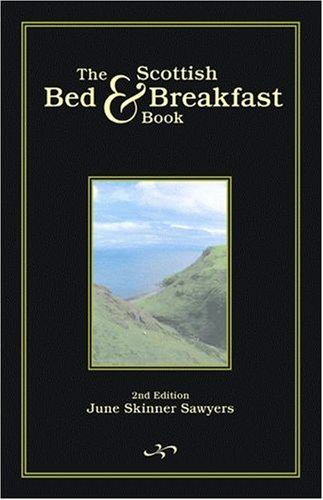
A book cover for Scottish Bed & Breakfast Book, The; June Sawyers; Travel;